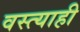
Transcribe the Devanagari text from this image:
वस्त्याही